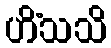
ဟိံသသိ